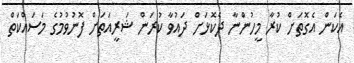
އެކަން އެގޮތަށް ކުރާ މީހުންނާ ދެކޮޅަށް ދައުވާ ކުރަން ޝަރީއަތަށް ފޮނުވުމުގެ މަސައްކަތް